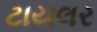
ટાયલર